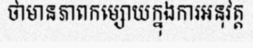
ថាមានភាពកម្សោយក្នុងការអនុវត្ត